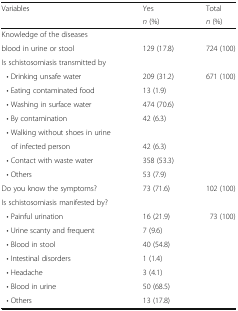
<table><thead><tr><td rowspan="2"><b>Variables</b></td><td><b>Yes</b></td><td><b>Total</b></td></tr><tr><td><b><i>n</i> (%)</b></td><td><b><i>n</i> (%)</b></td></tr></thead><tbody><tr><td colspan="3">Knowledge of the diseases</td></tr><tr><td>blood in urine or stool</td><td>129 (17.8)</td><td>724 (100)</td></tr><tr><td colspan="3">Is schistosomiasis transmitted by</td></tr><tr><td> • Drinking unsafe water</td><td>209 (31.2)</td><td>671 (100)</td></tr><tr><td> • Eating contaminated food</td><td>13 (1.9)</td><td></td></tr><tr><td> • Washing in surface water</td><td>474 (70.6)</td><td></td></tr><tr><td> • By contamination</td><td>42 (6.3)</td><td></td></tr><tr><td> • Walking without shoes in urine</td><td></td><td></td></tr><tr><td>of infected person</td><td>42 (6.3)</td><td></td></tr><tr><td> • Contact with waste water</td><td>358 (53.3)</td><td></td></tr><tr><td> • Others</td><td>53 (7.9)</td><td></td></tr><tr><td>Do you know the symptoms?</td><td>73 (71.6)</td><td>102 (100)</td></tr><tr><td>Is schistosomiasis manifested by?</td><td></td><td></td></tr><tr><td> • Painful urination</td><td>16 (21.9)</td><td>73 (100)</td></tr><tr><td> • Urine scanty and frequent</td><td>7 (9.6)</td><td></td></tr><tr><td> • Blood in stool</td><td>40 (54.8)</td><td></td></tr><tr><td> • Intestinal disorders</td><td>1 (1.4)</td><td></td></tr><tr><td> • Headache</td><td>3 (4.1)</td><td></td></tr><tr><td> • Blood in urine</td><td>50 (68.5)</td><td></td></tr><tr><td> • Others</td><td>13 (17.8)</td><td></td></tr></tbody></table>